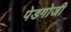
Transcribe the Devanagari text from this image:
पेडगोजी